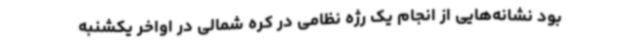
بود نشانه‌هایی از انجام یک رژه نظامی در کره شمالی در اواخر یکشنبه